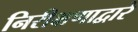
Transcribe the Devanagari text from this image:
निरीक्षणाद्वारे